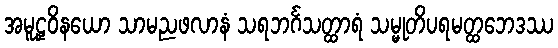
အမူဠှဝိနယော သာမညဖလာနံ သရဘင်္ဂသတ္ထာရံ သမ္မုတိပရမတ္ထဘေဒဿ